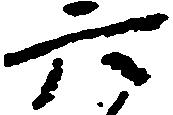
六